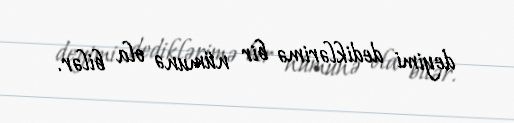
deyimi dediklərimə bir nümunə ola bilər.